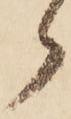
ら